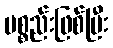
ပစ္စည်းဖြစ်ပြီး